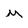
Character: m